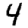
Digit: 4